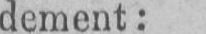
dement: